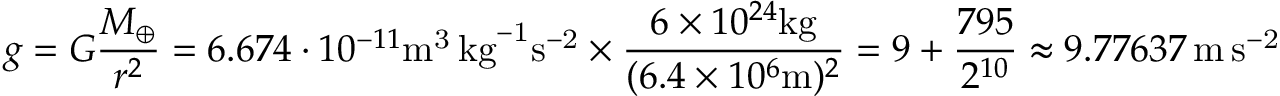
g = G { \frac { M _ { \oplus } } { r ^ { 2 } } } = 6 . 6 7 4 \cdot 1 0 ^ { - 1 1 } \mathrm { { m } ^ { 3 } \, { k g } ^ { - 1 } { s } ^ { - 2 } } \times { \frac { 6 \times 1 0 ^ { 2 4 } \mathrm { k g } } { ( 6 . 4 \times 1 0 ^ { 6 } \mathrm { m } ) ^ { 2 } } } = 9 + { \frac { 7 9 5 } { 2 ^ { 1 0 } } } \approx 9 . 7 7 6 3 7 \, \mathrm { { m } \, { s } ^ { - 2 } }